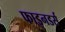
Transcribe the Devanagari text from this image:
फाइनडर्स